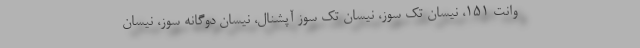
وانت ۱۵۱، نیسان تک سوز، نیسان تک سوز آپشنال، نیسان دوگانه سوز، نیسان